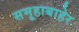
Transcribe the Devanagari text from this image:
समूहाबाहेर